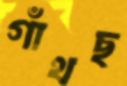
গাঁথছ